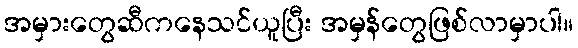
အမှားတွေဆီကနေသင်ယူပြီး အမှန်တွေဖြစ်လာမှာပါ။